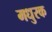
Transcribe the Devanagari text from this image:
मधुरक